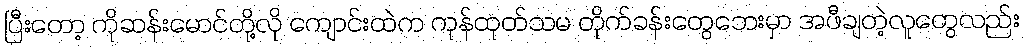
ပြီးတော့ ကိုဆန်းမောင်တို့လို ကျောင်းထဲက ကုန်ထုတ်သမ တိုက်ခန်းတွေဘေးမှာ အဖီချတဲ့လူတွေလည်း